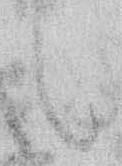
候